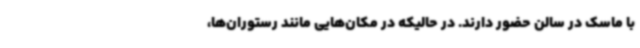
با ماسک در سالن حضور دارند. در حالیکه در مکان‌هایی مانند رستوران‌ها،